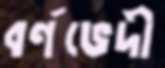
বর্ণভেদী